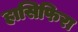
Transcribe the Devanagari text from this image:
हासिफिरा